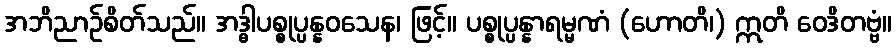
အဘိညာဉ်စိတ်သည်။ အဒ္ဓါပစ္စုပ္ပန္နဝသေန၊ ဖြင့်။ ပစ္စုပ္ပန္နာရမ္မဏံ (ဟောတိ၊) ဣတိ ဝေဒိတဗ္ဗံ။